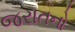
જરાતનો